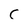
Character: C